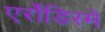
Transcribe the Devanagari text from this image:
एर्रोंडिस्में